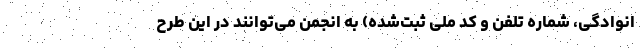
انوادگی، شماره تلفن و کد ملی ثبت‌شده) به انجمن می‌توانند در این طرح